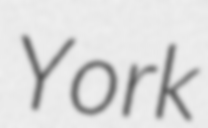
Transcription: York